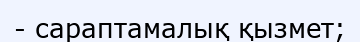
- сараптамалық қызмет;